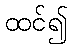
ထင်၍